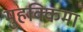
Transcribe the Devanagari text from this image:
मुहक्किमा